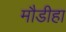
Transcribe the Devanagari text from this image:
मौडीहा